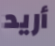
أريد